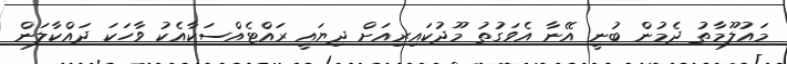
މައުލޫމާތު ދެމުން ބުނީ އޭނާ އެވަގުތު މޫދުކައިރިއަށް ދިޔައީ ރައްޓެއްސަކާއެކު ވާހަކަ ދައްކާލަން